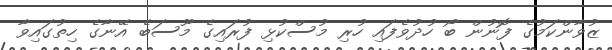
ޒުވާންކަމުގެ ފޮނުން ބޯ ހުދުވެފައި ހުރި މުސްކުޅި ފުރައިގެ މޫސަބެ އޭނާގެ ހިތުގައިވާ